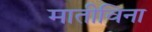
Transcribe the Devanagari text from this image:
मातीविना